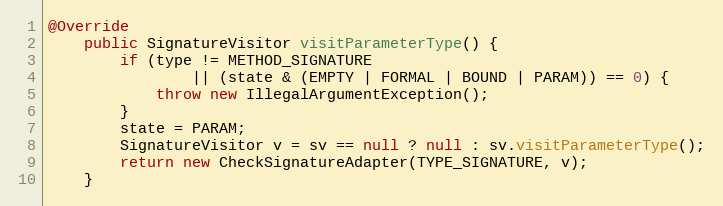
Language: Java
@Override
    public SignatureVisitor visitParameterType() {
        if (type != METHOD_SIGNATURE
                || (state & (EMPTY | FORMAL | BOUND | PARAM)) == 0) {
            throw new IllegalArgumentException();
        }
        state = PARAM;
        SignatureVisitor v = sv == null ? null : sv.visitParameterType();
        return new CheckSignatureAdapter(TYPE_SIGNATURE, v);
    }